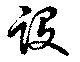
設